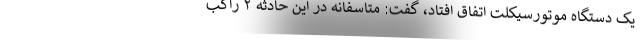
یک دستگاه موتورسیکلت اتفاق افتاد، گفت: متاسفانه در این حادثه ۲ راکب